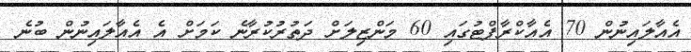
އެއާލައިނުން 70 އެއާކްރާފްޓުގައި 60 މަންޒިލަށް ދަތުރުކުރާނެ ކަމަށް އެ އެއާލައިނުން ބުނެ